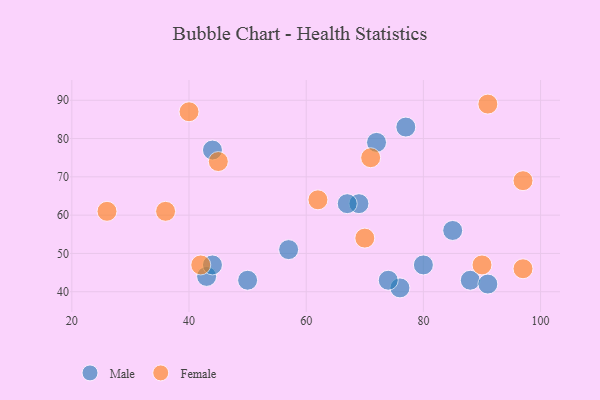
{"axis": {"x": "GDP", "y": "Life Expectancy"}, "legend": ["Female", "Male"], "data": [{"x": "69", "y": 63, "type": "Male"}, {"x": "57", "y": 51, "type": "Male"}, {"x": "67", "y": 63, "type": "Male"}, {"x": "43", "y": 44, "type": "Male"}, {"x": "88", "y": 43, "type": "Male"}, {"x": "80", "y": 47, "type": "Male"}, {"x": "44", "y": 77, "type": "Male"}, {"x": "44", "y": 47, "type": "Male"}, {"x": "77", "y": 83, "type": "Male"}, {"x": "50", "y": 43, "type": "Male"}, {"x": "91", "y": 42, "type": "Male"}, {"x": "72", "y": 79, "type": "Male"}, {"x": "85", "y": 56, "type": "Male"}, {"x": "76", "y": 41, "type": "Male"}, {"x": "74", "y": 43, "type": "Male"}, {"x": "91", "y": 89, "type": "Female"}, {"x": "26", "y": 61, "type": "Female"}, {"x": "97", "y": 69, "type": "Female"}, {"x": "62", "y": 64, "type": "Female"}, {"x": "70", "y": 54, "type": "Female"}, {"x": "36", "y": 61, "type": "Female"}, {"x": "97", "y": 46, "type": "Female"}, {"x": "90", "y": 47, "type": "Female"}, {"x": "42", "y": 47, "type": "Female"}, {"x": "71", "y": 75, "type": "Female"}, {"x": "40", "y": 87, "type": "Female"}, {"x": "45", "y": 74, "type": "Female"}]}